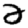
Digit: 2